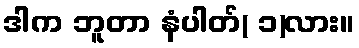
ဒါက ဘူတာ နံပါတ်( ၁)လား။